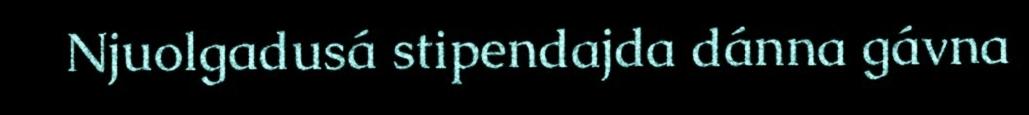
Njuolgadusá stipendajda dánna gávna